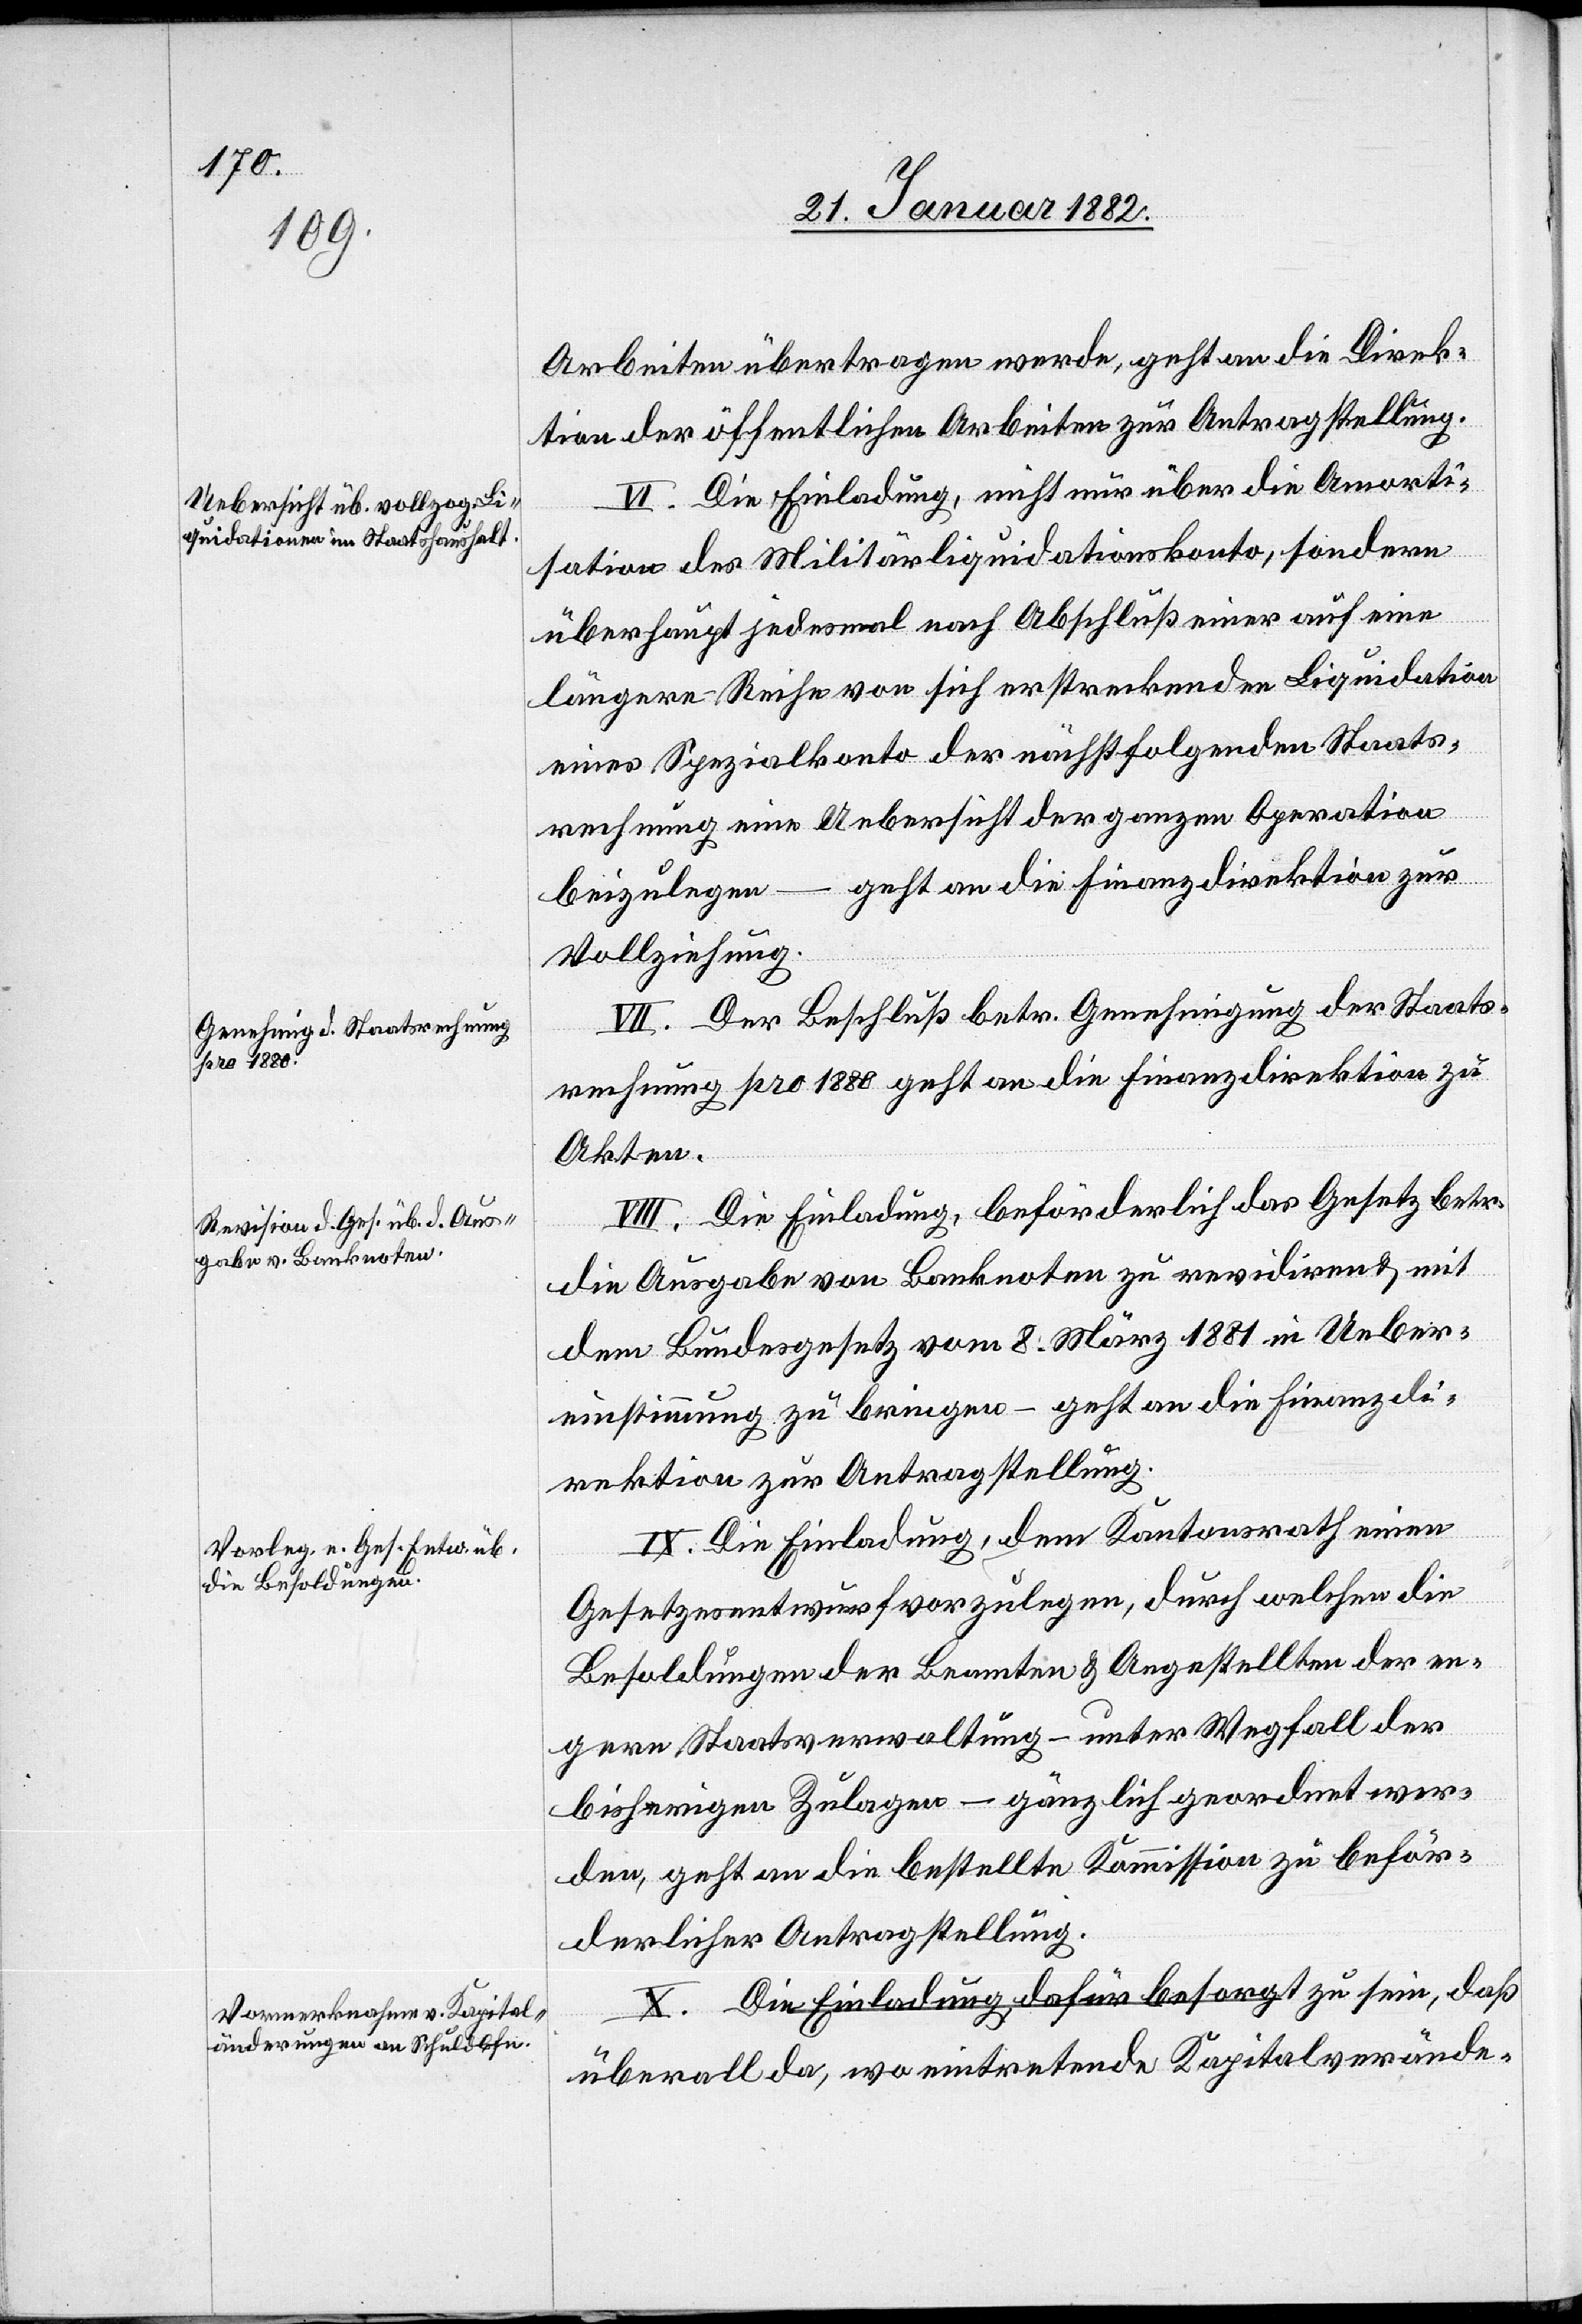
Arbeiten übertragen werde, geht an die Direk¬
tion der öffentlichen Arbeiten zur Antragstellung.
VI. Die Einladung, nicht nur über die Amorti¬
sation des Militärliquidationskonto, sondern
überhaupt jedesmal nach Abschluß einer auf eine
längere Reihe von sich erstreckenden Liquidationen
eines Spezialkonto der nächstfolgenden Staats¬
rechnung eine Uebersicht der ganzen Operation
beizulegen – geht an die Finanzdirektion zur
Vollziehung.
VII. Der Beschluß betr. Genehmigung der Staats¬
rechnung pro 1880 geht an die Finanzdirektion zu
Akten.
VIII. Die Einladung, beförderlich das Gesetz betr.
die Ausgabe von Banknoten zu revidieren & mit
dem Bundesgesetz vom 8. März 1881 in Ueber¬
einstimmung zu bringen – geht an die Finanzdi¬
rektion zur Antragstellung.
IX. Die Einladung, dem Kantonsrath einen
Gesetzesentwurf vorzulegen, durch welchen die
Besoldung der Beamten & Angestellten der en¬
gern Staatsverwaltung – unter Wegfall der
bisherigen Zulagen – gänzlich geordnet wer¬
den, geht an die bestellte Kommission zu beför¬
derlichen Antragstellung.
X. Die Einladung, dafür besorgt zu sein, daß
überall da, wo eintretende Kapitalverände-